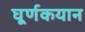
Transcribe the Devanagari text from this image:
घूर्णकयान